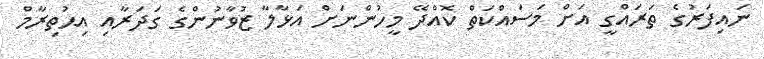
ނައިފަރުގެ ތަރައްގީ އަށް މަސައްކަތް ކޮއްދޭ މީހުންނަށް އަޅާލާ ޒުވާނުންގެ ގަދަރާއި އިޙުތިރާމް